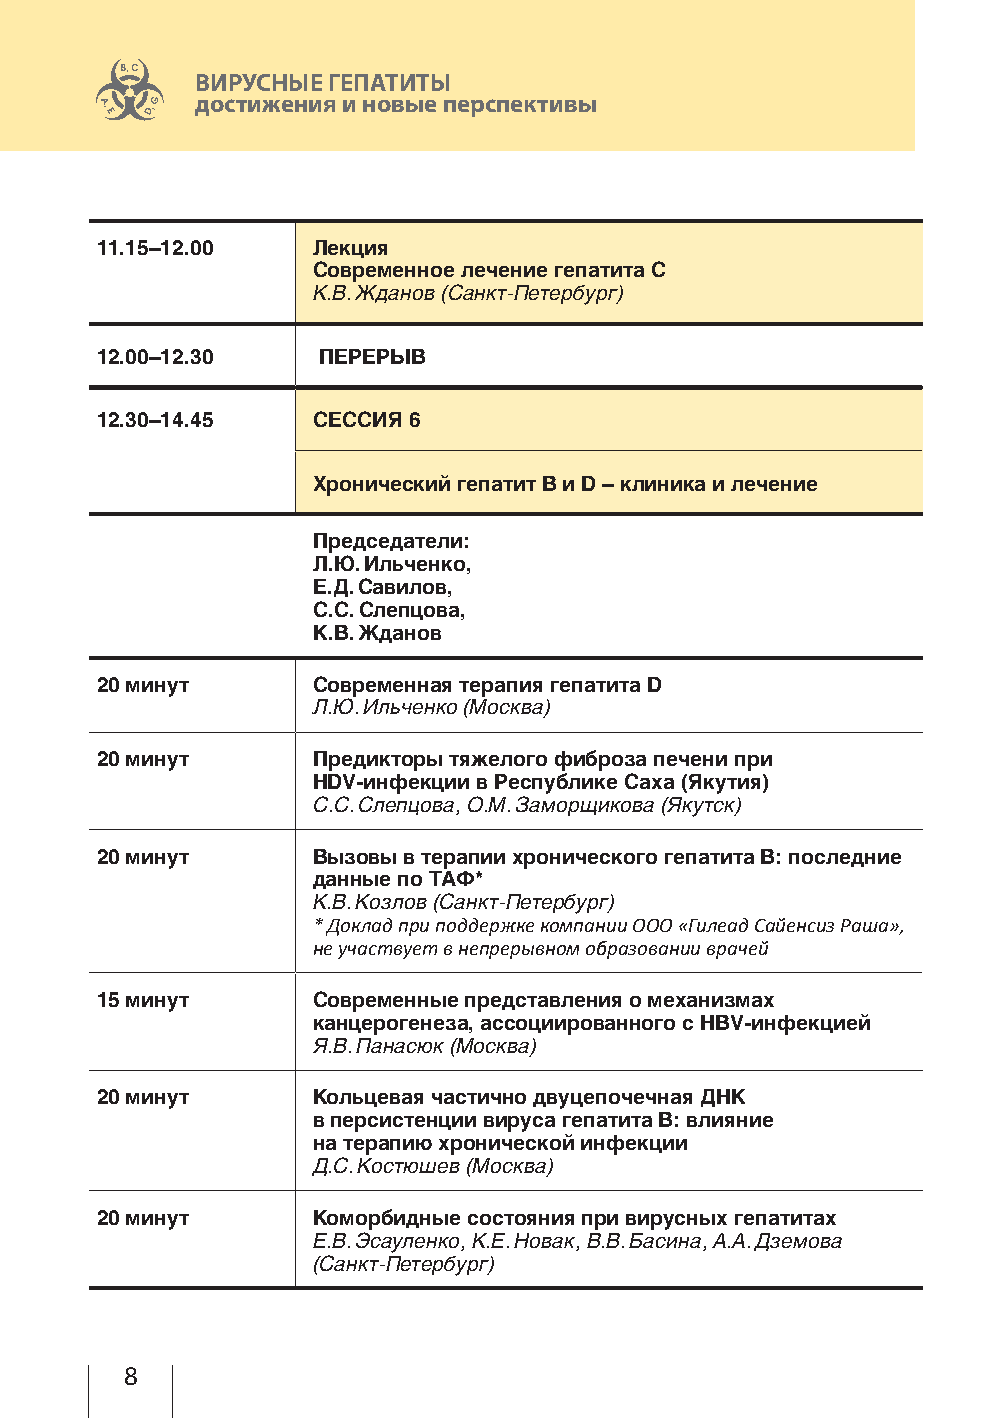
ВИРУСНЫЕ ГЕПАТИТЫ
 достижения и новые перспективы
 11.15–12.00    Лекция
 Современное лечение гепатита С
 К.В. Жданов (Санкт- Петербург)
 12.00–12.30    ПЕРЕРЫВ
 12.30–14.45    СЕССИЯ 6
 Хронический гепатит В и D – клиника и лечение
 Председатели:
 Л.Ю. Ильченко,
 Е.Д. Савилов,
 С.С. Слепцова,
 К.В. Жданов
 20 минут       Современная терапия гепатита D
 Л.Ю. Ильченко (Москва)
 20 минут       Предикторы тяжелого фиброза печени при
 HDV-инфекции в Республике Саха (Якутия)
 С.С. Слепцова, О.М. Заморщикова (Якутск)
 20 минут       Вызовы в терапии хронического гепатита В: последние
 данные по ТАФ*
 К.В. Козлов (Санкт- Петербург)
 * Доклад при поддержке компании ООО «Гилеад Сайенсиз Раша»,
 не участвует в непрерывном образовании врачей
 15 минут       Современные представления о механизмах
 канцерогенеза, ассоциированного с НВV-инфекцией
 Я.В. Панасюк (Москва)
 20 минут       Кольцевая частично двуцепочечная ДНК
 в персистенции вируса гепатита В: влияние
 на терапию хронической инфекции
 Д.С. Костюшев (Москва)
 20 минут       Коморбидные состояния при вирусных гепатитах
 Е.В. Эсауленко, К.Е. Новак, В.В. Басина, А.А. Дземова
 (Санкт- Петербург)
 8